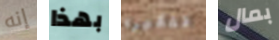
إنه بهذا تفكيره بمال